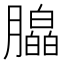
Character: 𬂗